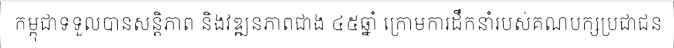
កម្ពុជាទទួលបានសន្តិភាព និងវឌ្ឍនភាពជាង ៤៥ឆ្នាំ ក្រោមការដឹកនាំរបស់គណបក្សប្រជាជន